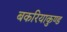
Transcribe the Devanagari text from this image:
बकरियाकुण्ड